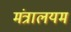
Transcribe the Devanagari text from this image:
मंत्रालयम